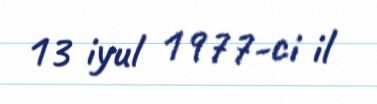
13 iyul 1977-ci il